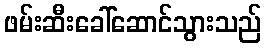
ဖမ်းဆီးခေါ်ဆောင်သွားသည်